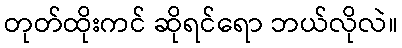
တုတ်ထိုးကင် ဆိုရင်ရော ဘယ်လိုလဲ။